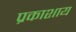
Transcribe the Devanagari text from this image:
प्रकाशाय